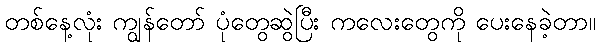
တစ်နေ့လုံး ကျွန်တော် ပုံတွေဆွဲပြီး ကလေးတွေကို ပေးနေခဲ့တာ။